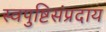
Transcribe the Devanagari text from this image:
स्वपुष्टिसंप्रदाय